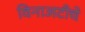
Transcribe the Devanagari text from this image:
विनाअटीचे